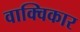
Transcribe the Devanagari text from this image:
वाक्विकार